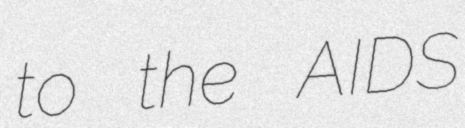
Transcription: to the AIDS